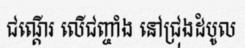
ជណ្តើរ លើជញ្ចាំង នៅជ្រុងដំបូល